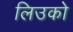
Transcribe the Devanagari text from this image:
लिउको